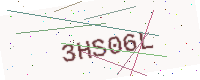
Text: 3HS06L